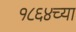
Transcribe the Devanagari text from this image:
१८६४च्या